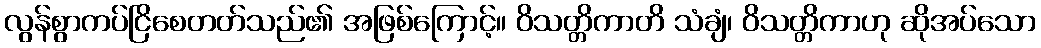
လွန်စွာကပ်ငြိစေတတ်သည်၏ အဖြစ်ကြောင့်။ ဝိသတ္တိကာတိ သံချံ၊ ဝိသတ္တိကာဟု ဆိုအပ်သော